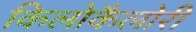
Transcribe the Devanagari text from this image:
किलोकैलोरी